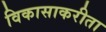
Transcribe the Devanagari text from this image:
विकासाकरीता